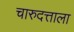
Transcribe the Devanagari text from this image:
चारुदत्ताला